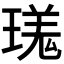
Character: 𪼎